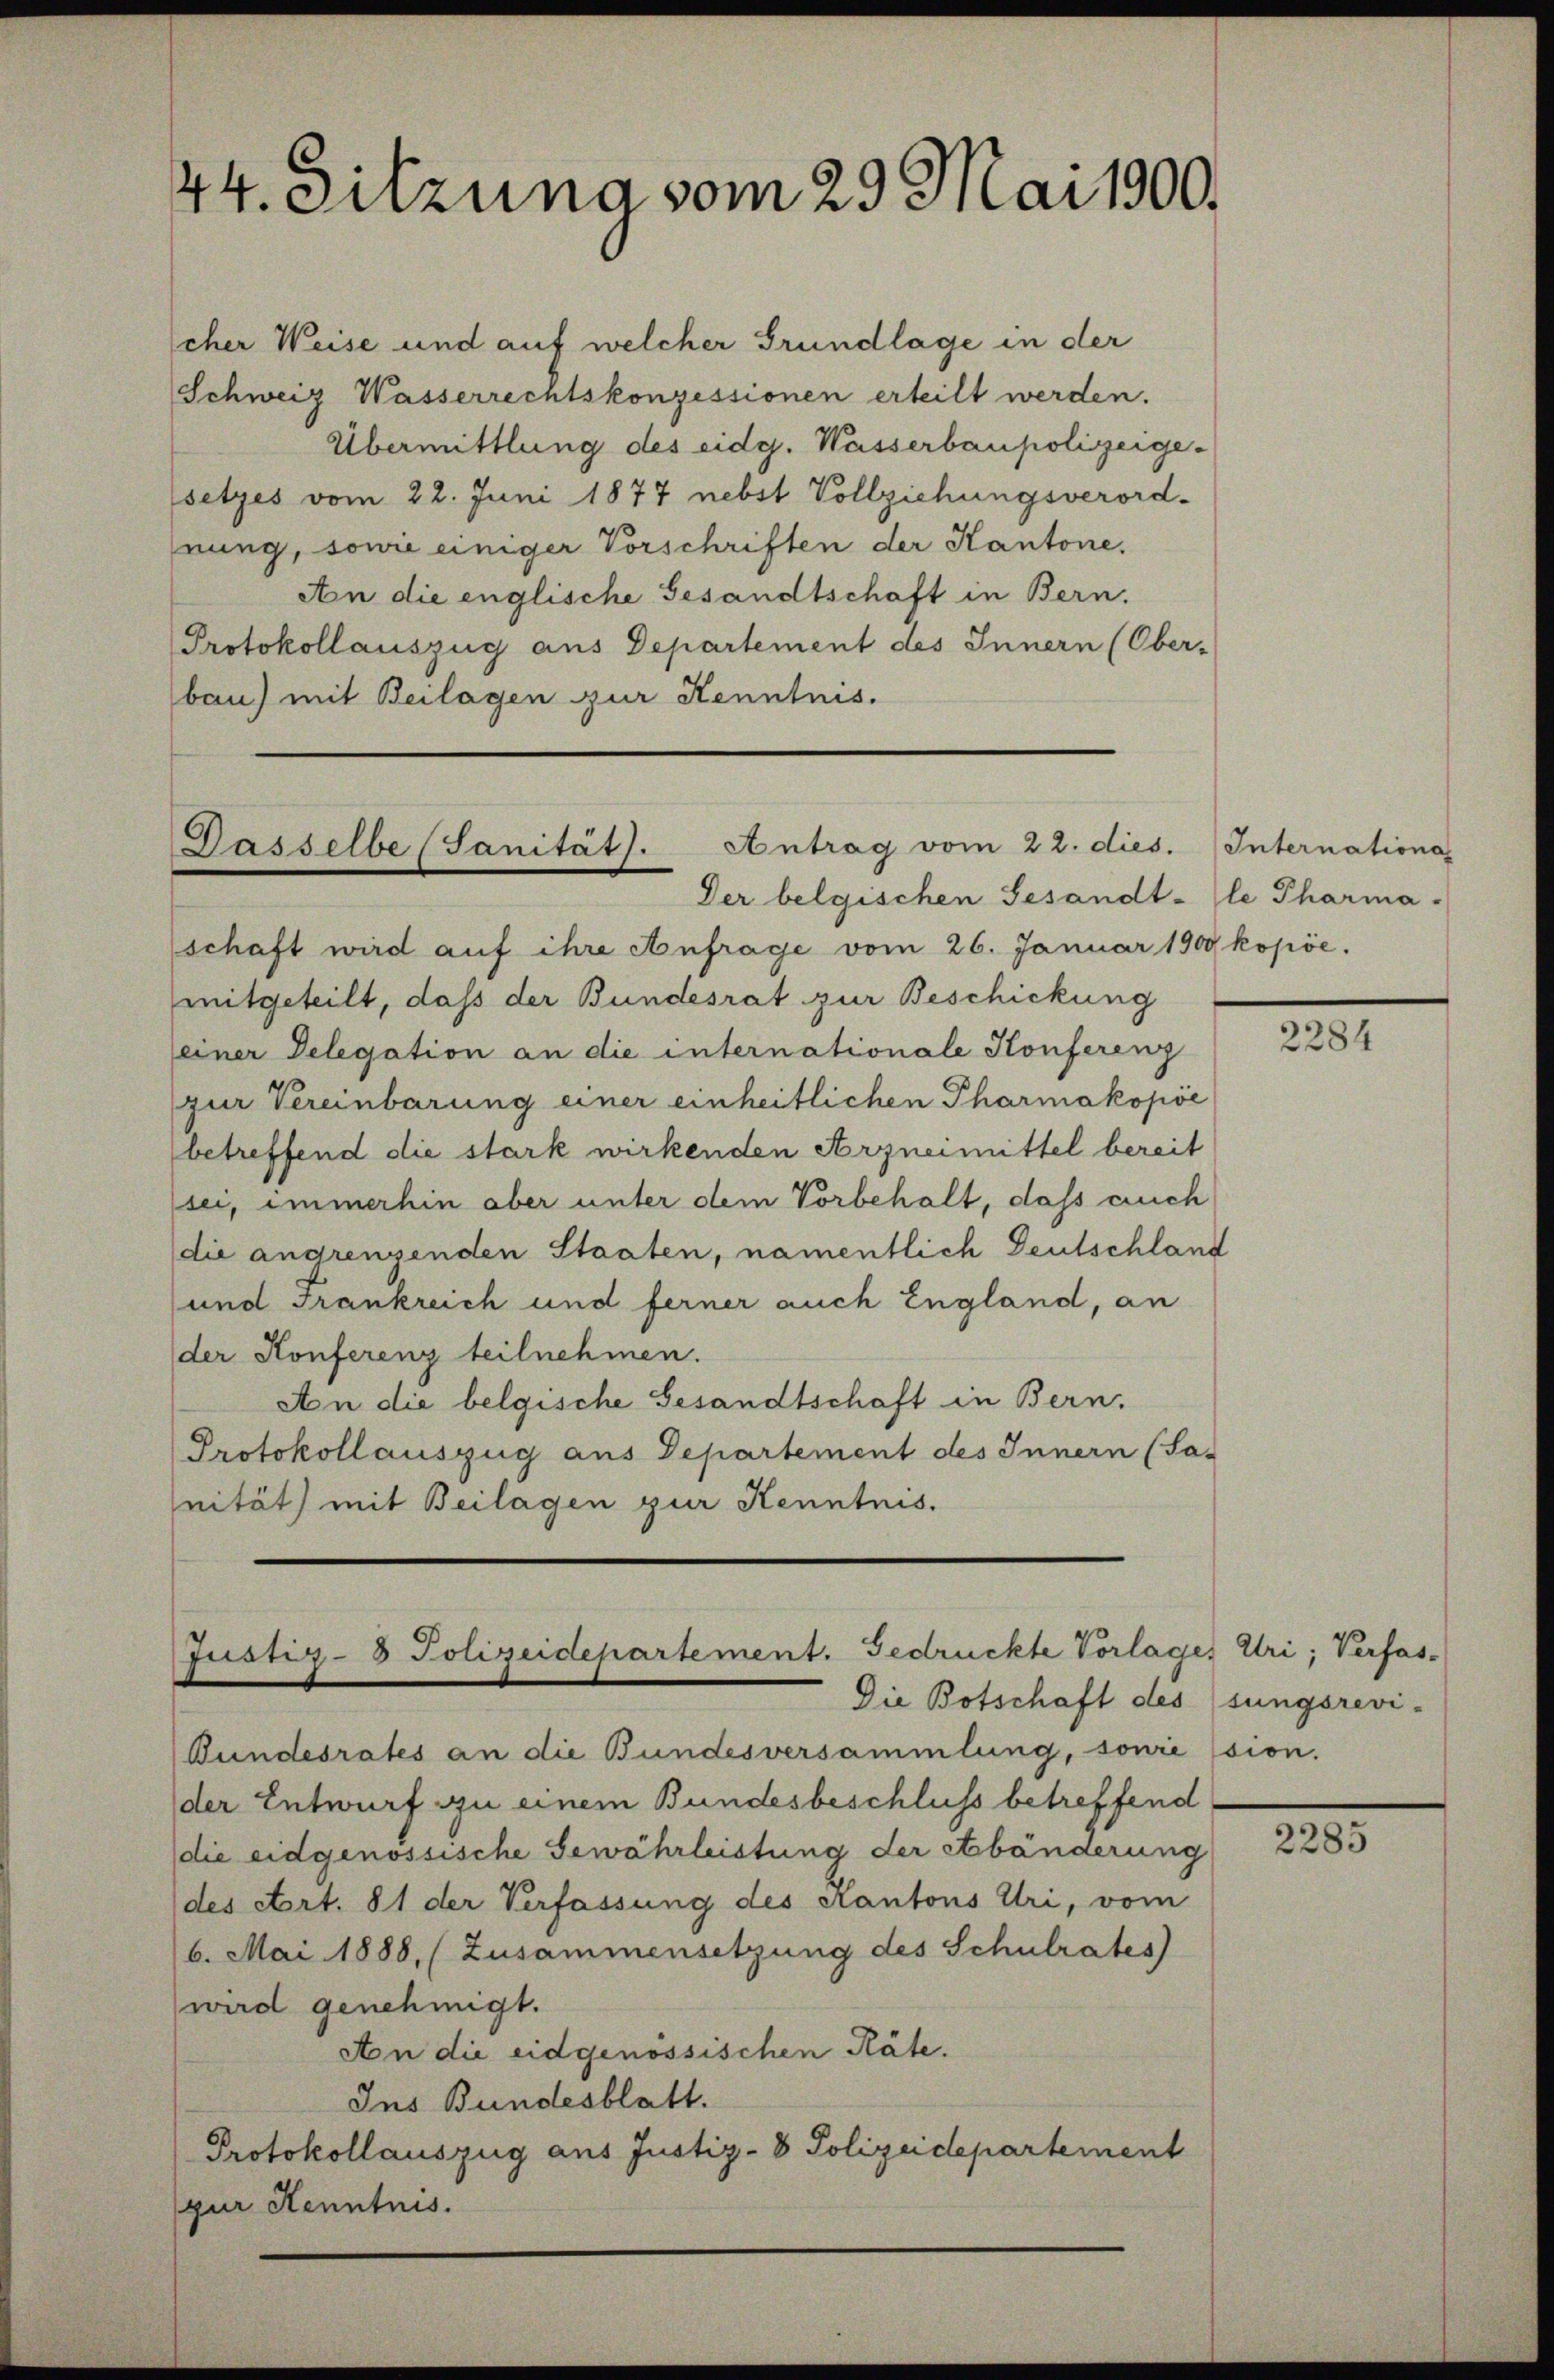
44. Sitzung vom 29. Mai 1900.

cher Weise und auf welcher Grundlage in der
Schweiz Wasserrechtskonzessionen erteilt werden.
Übermittlung des eidg. Wasserbaupolizeige-
setzes vom 22. Juni 1877 nebst Vollziehungsverord-
nung, sowie einiger Vorschriften der Kantone.
An die englische Gesandtschaft in Bern.
Protokollauszug aus Departement des Innern (Ober-
bau) mit Beilagen zur Kenntnis.

Antrag vom 22. dies. Internationa
Dasselbe (Sanität).
Der belgischen Gesandt-le Pharma-

schaft wird auf ihre Anfrage vom 26. Januar 1900 kopöe.
mitgeteilt, daß der Bundesrat zur Beschickung
einer Delegation an die internationale Konferenz
zur Vereinbarung einer einheitlichen Pharmakopöe
betreffend die stark wirkenden Arzneimittel bereit
sei, immerhin aber unter dem Vorbehalt, dass auch
die angrenzenden Staaten, namentlich Deutschland
und Frankreich und ferner auch England, an
der Konferenz teilnehmen.
An die belgische Gesandtschaft in Bern.
Protokoll auszug aus Departement des Innern (Sa-
nität) mit Beilagen zur Kenntnis.

Justiz- & Polizeidepartement. Gedrückte Vorlages Uri, Verfas¬
Die Botschaft des (sungsrevi-

Bundesrates an die Bundesversammlung, sowie sion.
der Entwurf zu einem Bundesbeschluss betreffend
(die eidgenössische Gewährleistung der etbänderung
(des Art. 81 der Verfassung des Kantons Uri, vom
6. Mai 1888, (Zusammensetzung des Schulrates
wird genehmigt.
An die eidgenössischen Räte.
Ins Bundesblatt.
Protokollauszug aus Justiz-8 Polizeidepartement
zur Kenntnis.

2284

2285